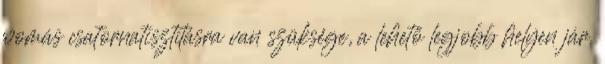
womás csatornatisztításra van szüksége, a lehető legjobb helyen jár.